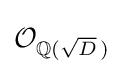
{\mathcal {O}}_{\mathbb {Q} ({\sqrt {D}}\,)}